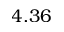
4 . 3 6